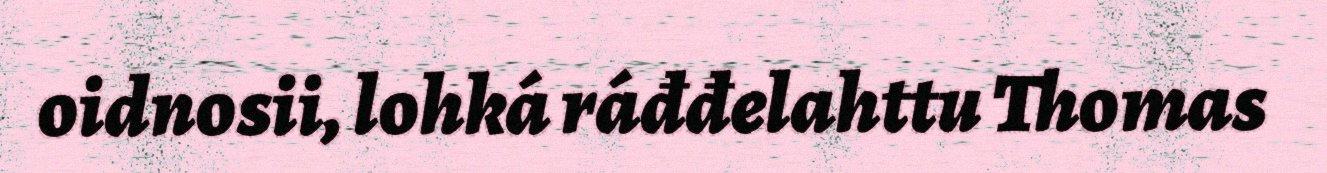
oidnosii, lohká ráđđelahttu Thomas